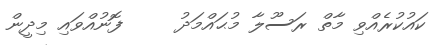
ކައުކުރެއްވި މާތް ރަސޫލާ މުޙައްމަދު     ފޮނުއްވައި މިދީން